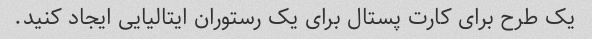
یک طرح برای کارت پستال برای یک رستوران ایتالیایی ایجاد کنید.